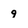
Character: 9